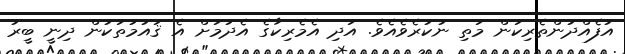
އުފެއްދުންތެރިކަން މަތި ނުކުރެވެއެވެ. އަދި އެމެރިކާގެ އެދުމަށް އެ ޤައުމުތަކުން ދިނީ ބީރު